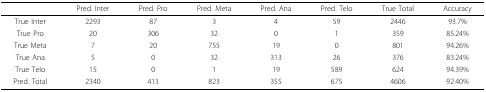
|  | Pred. Inter | Pred. Pro | Pred. Meta | Pred. Ana | Pred. Telo | True Total | Accuracy |
 | --- | --- | --- | --- | --- | --- | --- | --- |
 | True Inter | 2293 | 87 | 3 | 4 | 59 | 2446 | 93.7% |
 | True Pro | 20 | 306 | 32 | 0 | 1 | 359 | 85.24% |
 | True Meta | 7 | 20 | 755 | 19 | 0 | 801 | 94.26% |
 | True Ana | 5 | 0 | 32 | 313 | 26 | 376 | 83.24% |
 | True Telo | 15 | 0 | 1 | 19 | 589 | 624 | 94.39% |
 | Pred. Total | 2340 | 413 | 823 | 355 | 675 | 4606 | 92.40% |